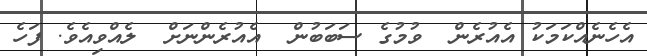
އެހެނެއްކަމަކު އެއުރެން  ވުމުގެ ސަބަބުން  އެއުރެންނަށް  ލެއްވިއެވެ. ފަހެ